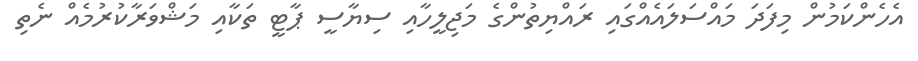
އެހެންކަމުން މިފަދަ މައްސަލައެއްގައި ރައްޔިތުންގެ މަޖިލީހާއި ސިޔާސީ ޕާޓީ ތަކާއި މަޝްވަރާކުރުމެއް ނެތި